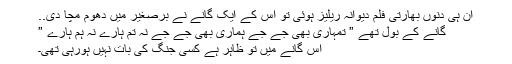
ان ہی دنوں بھارتی فلم دیوانہ ریلیز ہوئی تو اس کے ایک گانے نے برصغیر میں دھوم مچا دی..
گانے کے بول تھے ” تمہاری بھی جے جے ہماری بھی جے جے نہ تم ہارے نہ ہم ہارے ”
اس گانے میں تو ظاہر ہے کسی جنگ کی بات نہیں ہورہی تھی۔